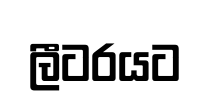
ලීටරයට